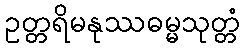
ဥတ္တရိမနုဿဓမ္မသုတ္တံ